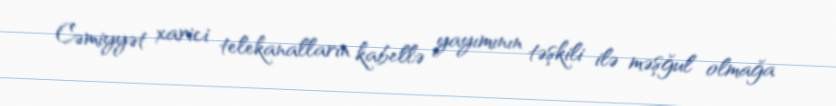
Cəmiyyət xarici telekanalların kabellə yayımının təşkili ilə məşğul olmağa